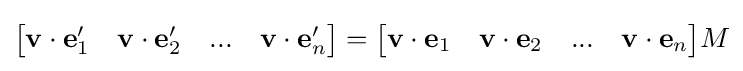
{\begin{bmatrix}\mathbf {v} \cdot \mathbf {e} _{1}^{\prime }&\mathbf {v} \cdot \mathbf {e} _{2}^{\prime }&...&\mathbf {v} \cdot \mathbf {e} _{n}^{\prime }\end{bmatrix}}={\begin{bmatrix}\mathbf {v} \cdot \mathbf {e} _{1}&\mathbf {v} \cdot \mathbf {e} _{2}&...&\mathbf {v} \cdot \mathbf {e} _{n}\end{bmatrix}}M